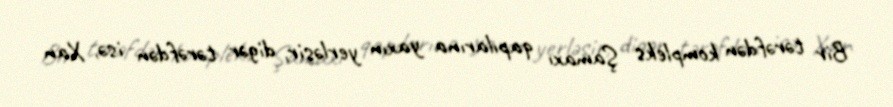
Bir tərəfdən kompleks Şamaxı qapılarına yaxın yerləşir, digər tərəfdən isə, Xan